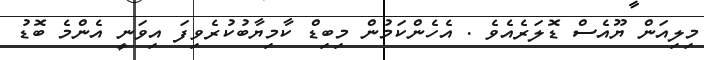
މިލިއަން ޔޫއެސް ޑޮލަރެއެވެ . އެހެންކަމުން މިބިޑް ކާމިޔާބުކުރެވިފަ އިވަނީ އެންމެ ބޮޑު